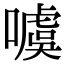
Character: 噳